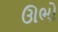
ઊભો